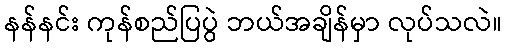
နန်နင်း ကုန်စည်ပြပွဲ ဘယ်အချိန်မှာ လုပ်သလဲ။